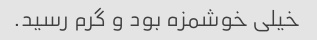
خیلی خوشمزه بود و گرم رسید.